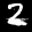
Label: 2